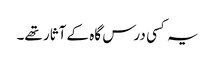
یہ کسی درس گاہ کے آثار تھے۔